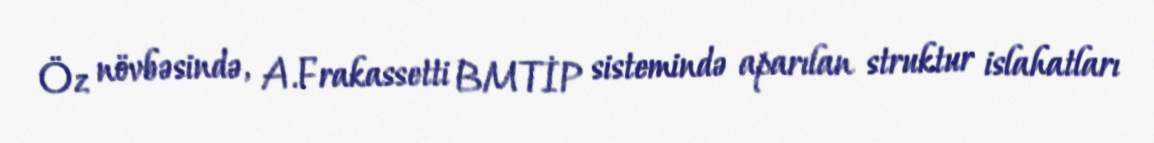
Öz növbəsində, A.Frakassetti BMTİP sistemində aparılan struktur islahatları